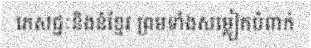
ភេសជ្ជៈនិងនំខ្មែរ ព្រមទាំងសម្លៀកបំពាក់